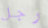
رجل